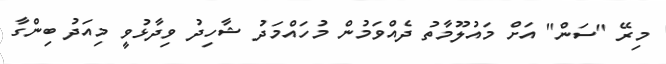
މިރޭ "ސަން" އަށް މައުލޫމާތު ދެއްވަމުން މުހައްމަދު ޝާހިދު ވިދާޅުވީ މިއަދު ބިންގާ